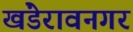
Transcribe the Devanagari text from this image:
खंडेरावनगर